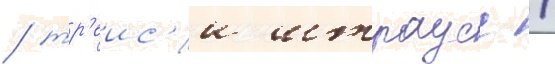
/ тр'еис'и штраусс /